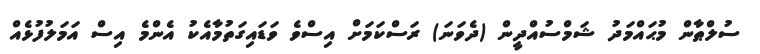
ސުލްޠާން މުޙައްމަދު ޝަމްސުއްދީން (ދެވަނަ) ރަސްކަމަށް އިސްވެ ވަޑައިގަތުމާއެކު އެންމެ އިސް އަމަލުފުޅެއް